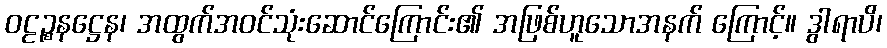
ဝဠဉ္စနဋ္ဌေန၊ အထွက်အဝင်သုံးဆောင်ကြောင်း၏ အဖြစ်ဟူသောအနက် ကြောင့်။ ဒွါရာပိ၊